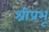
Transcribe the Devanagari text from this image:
श्रीप्रभू